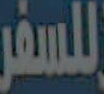
للسفر